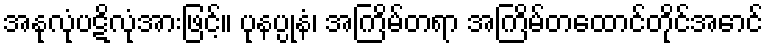
အနုလုံပဋိလုံအားဖြင့်။ ပုနပ္ပုနံ၊ အကြိမ်တရာ အကြိမ်တထောင်တိုင်အောင်